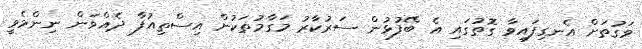
ވަގުތަށް އެނގިފައިވާ ގޮތުގައި އެ ބޭފުޅުން ސަރުކާރު މަގާމުތަކުން އިސްތިއުފާ ދެއްވަން ނިންމެވީ